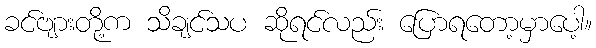
ခင်ဗျားတို့က သိချင်သပ ဆိုရင်လည်း ပြောရတော့မှာပေါ့။